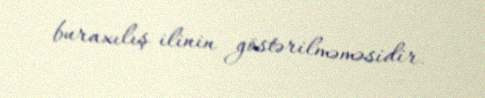
buraxılış ilinin göstərilməməsidir.